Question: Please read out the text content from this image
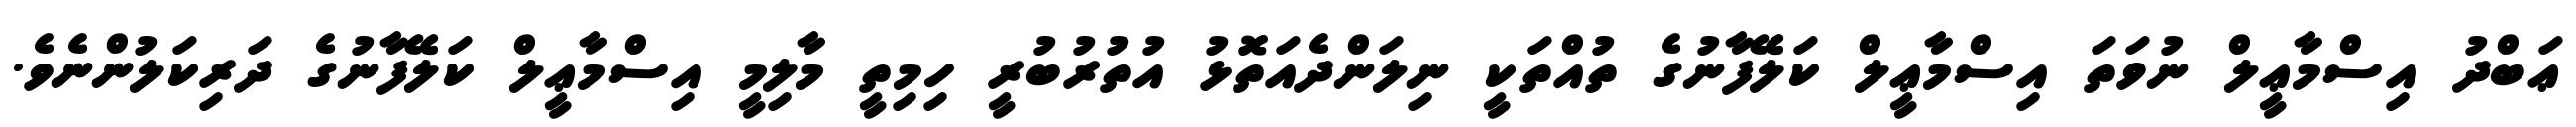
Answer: ޢަބްދު އިސްމާޢީލް ނުވަތަ އިސްމާޢީލް ކަލޭފާނުގެ ތުއްތަކީ ނިލަންދެއަތޮޅު އުތުރުބުރީ ހިމިތީ މާލިމީ އިސްމާޢީލް ކަލޭފާނުގެ ދަރިކަލުންނެވެ.